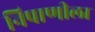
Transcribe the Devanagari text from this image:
निपाणीला